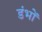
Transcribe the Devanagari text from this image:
डंभों